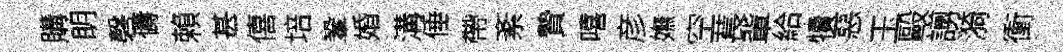
購眀磬儔賴甚僖培鞏婚溝倕帶紊贄嘻彦嫵空萇軰給犢惡玉毆謭漪衝